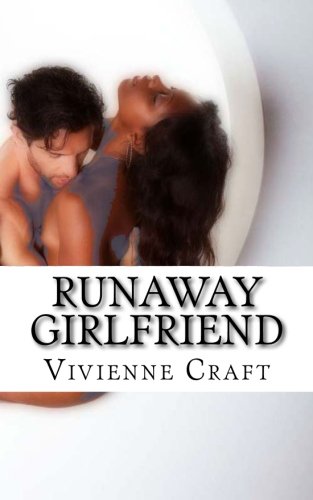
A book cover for Runaway Girlfriend: an erotic novel; Vivienne Craft; Romance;